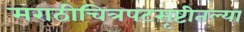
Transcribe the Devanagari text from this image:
मराठीचित्रपटसृष्टीतल्या